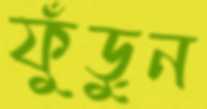
ফুঁড়ুন